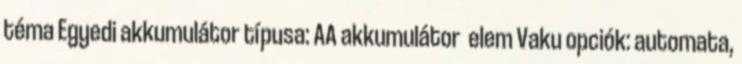
téma Egyedi akkumulátor típusa: AA akkumulátor elem Vaku opciók: automata,